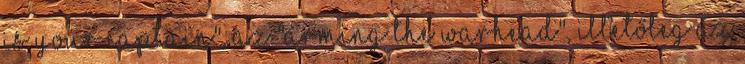
Is Your Captain", az "Arming the Warhead", illetőleg az